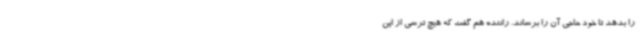
را بدهد تا خود حاجی آن را برساند. راننده هم گفت که هیچ ترسی از این